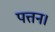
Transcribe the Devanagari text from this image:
पत्तन।